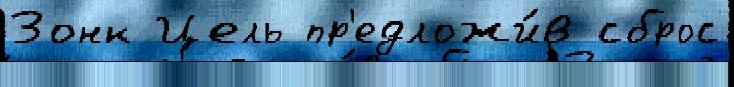
Зонк Цель пр'едложи́в сброс